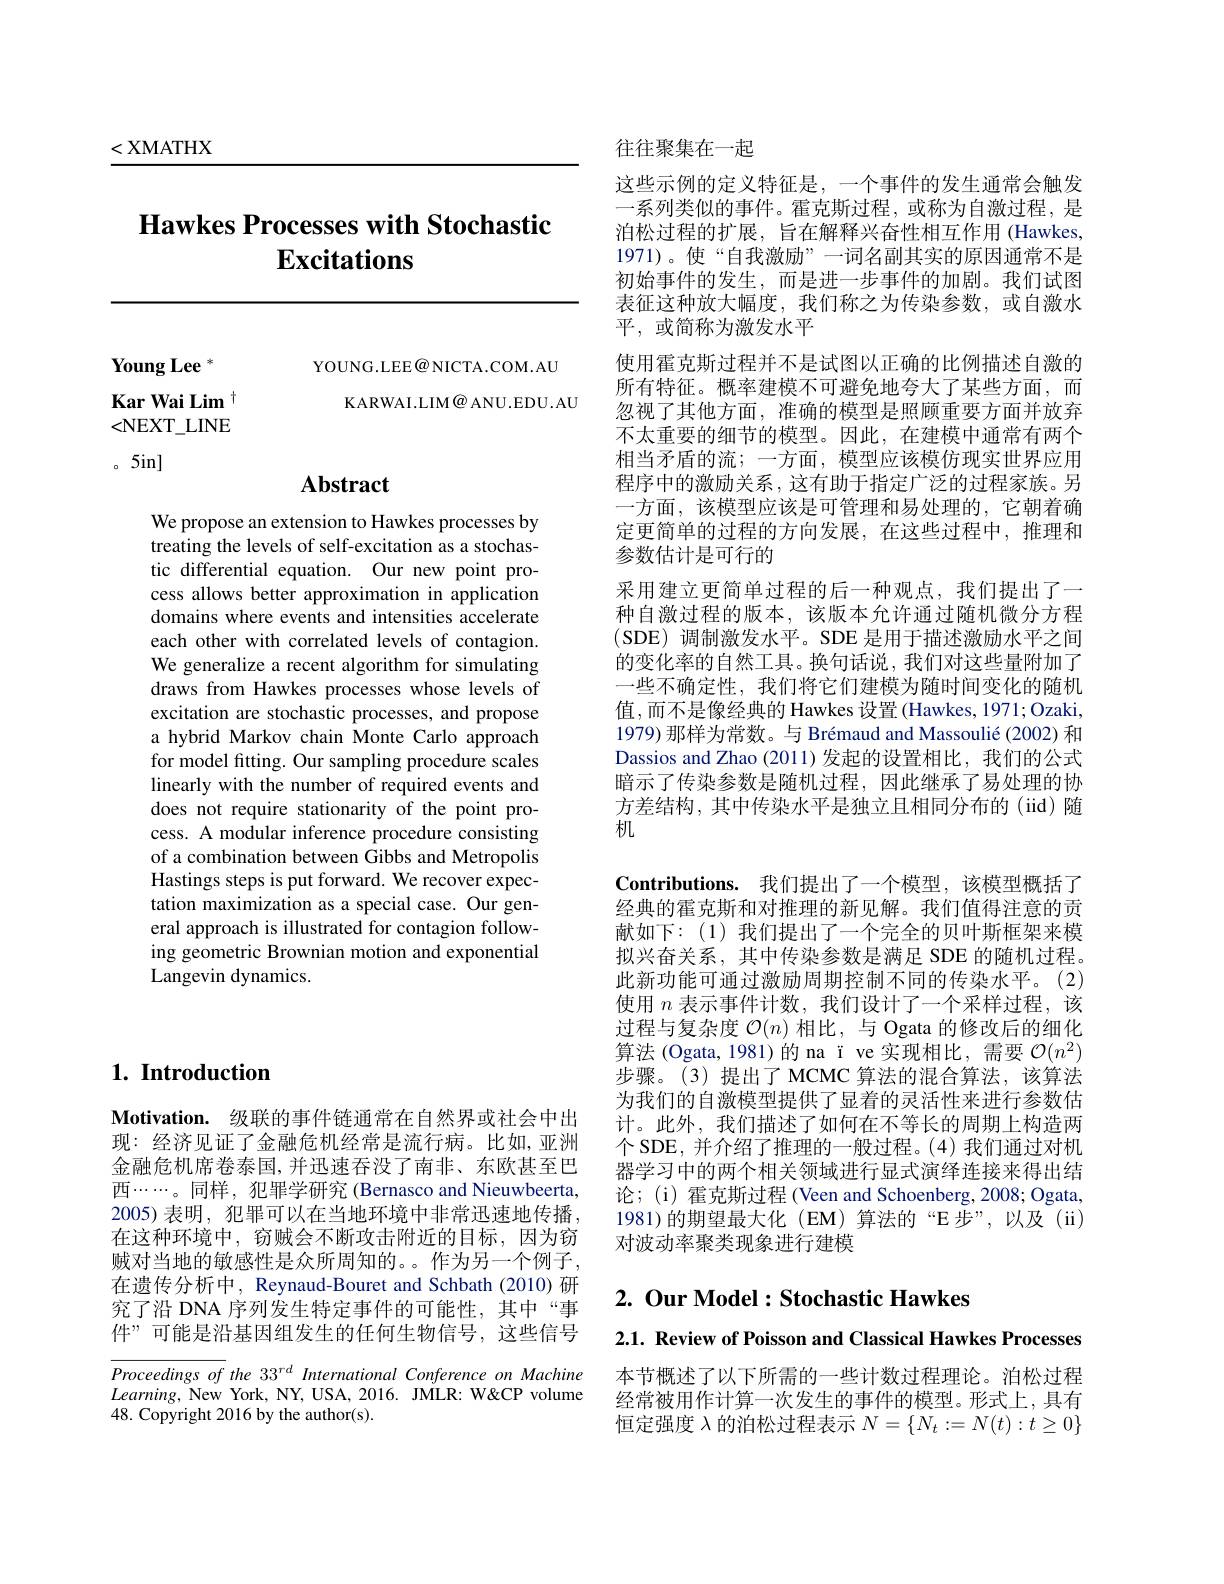
<XMATHX

# Hawkes Processes with Stochastic $\mathbf{Excitations}$

$\mathbf{YoungLee}^{*}$

YOUNG. LEE@ NICTA. COM. AU
KARWAI.LIM@ ANU.EDU.AU

Kar Wai Lim $^{+}$

<NEXT\_LINE

。5in]

# $\mathbf{Abstract}$

We propose an extension to Hawkes processes by treating the levels of self-excitation as a stochastic differential equation. Our new point process allows better approximation in application domains where events and intensities accelerate each other with correlated levels of contagion. We generalize a recent algorithm for simulating draws from Hawkes processes whose levels of excitation are stochastic processes, and propose a hybrid Markov chain Monte Carlo approach for model fitting. Our sampling procedure scales linearly with the number of required events and does not require stationarity of the point process. A modular inference procedure consisting of a combination between Gibbs and Metropolis Hastings steps is put forward. We recover expectation maximization as a special case. Our general approach is illustrated for contagion following geometric Brownian motion and exponential Langevin dynamics.

## $1. \textbf{ Introduction}$

Motivation. 级联的事件链通常在自然界或社会中出现：经济见证了金融危机经常是流行病。比如，亚洲金融危机席卷泰国，并迅速吞没了南非、东欧甚至巴西......。同样，犯罪学研究 (Bernasco and Nieuwbeerta, 2005) 表明，犯罪可以在当地环境中非常迅速地传播， 在这种环境中，窃贼会不断攻击附近的目标，因为窃贼对当地的敏感性是众所周知的。。作为另一个例子， 在遗传分析中，Reynaud-Bouret and Schbath (2010)研究了沿 DNA 序列发生特定事件的可能性，其中“事件”可能是沿基因组发生的任何生物信号，这些信号

$\overline{Proceedingsof}$ the 33$^rd$ International Conference on Machine $Learning$, New York, NY, USA, 2016. JMLR: W&CP volume 48. Copyright 2016 by the author(s).

往往聚集在一起

这些示例的定义特征是，一个事件的发生通常会触发一系列类似的事件。霍克斯过程，或称为自激过程，是泊松过程的扩展，旨在解释兴奋性相互作用(Hawkes, 1971)。使“自我激励”一词名副其实的原因通常不是初始事件的发生，而是进一步事件的加剧。我们试图表征这种放大幅度，我们称之为传染参数，或自激水平，或简称为激发水平
使用霍克斯过程并不是试图以正确的比例描述自激的所有特征。概率建模不可避免地夸大了某些方面，而忽视了其他方面，准确的模型是照顾重要方面并放弃不太重要的细节的模型。因此，在建模中通常有两个相当矛盾的流；一方面，模型应该模仿现实世界应用程序中的激励关系，这有助于指定广泛的过程家族。另一方面，该模型应该是可管理和易处理的，它朝着确定更简单的过程的方向发展，在这些过程中，推理和参数估计是可行的
采用建立更简单过程的后一种观点，我们提出了一种自激过程的版本，该版本允许通过随机微分方程(SDE)调制激发水平。SDE 是用于描述激励水平之间的变化率的自然工具。换句话说，我们对这些量附加了一些不确定性，我们将它们建模为随时间变化的随机值，而不是像经典的 Hawkes 设置(Hawkes, 1971; Ozaki, 1979) 那样为常数。与 Brémaud and Massoulié (2002) 和Dassios and Zhao (2011) 发起的设置相比，我们的公式暗示了传染参数是随机过程，因此继承了易处理的协方差结构，其中传染水平是独立且相同分布的(iid)随机
Contributions. 我们提出了一个模型，该模型概括了经典的霍克斯和对推理的新见解。我们值得注意的贡献如下：(1)我们提出了一个完全的贝叶斯框架来模拟兴奋关系，其中传染参数是满足 SDE 的随机过程。此新功能可通过激励周期控制不同的传染水平。(2) 使用$n$表示事件计数，我们设计了一个采样过程，该过程与复杂度$\mathcal{O}(n)$相比，与 Ogata 的修改后的细化算法 (Ogata,1981)的 na ï ve 实现相比，需要$\mathcal{O}(n^2)$ 步骤。(3)提出了 MCMC 算法的混合算法，该算法为我们的自激模型提供了显着的灵活性来进行参数估计。此外，我们描述了如何在不等长的周期上构造两个 SDE, 并介绍了推理的一般过程。(4) 我们通过对机器学习中的两个相关领域进行显式演绎连接来得出结果论；(i) 霍克斯过程 (Veen and Schoenberg, 2008; Ogata, 1981)的期望最大化(EM)算法的“E步”,以及(ii) 对波动率聚类现象进行建模

## $2. \textbf{ Our Model}:$Stochastic Hawkes

2.1. Review of Poisson and Classical Hawkes Processes

本节概述了以下所需的一些计数过程理论。泊松过程经常被用作计算一次发生的事件的模型。形式上，具有恒定强度$\lambda$的泊松过程表示$N=\{N_t:=N(t):t\geq0\}$